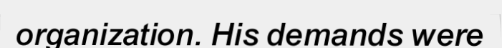
organization. His demands were